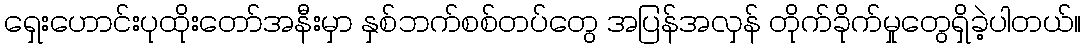
ရှေးဟောင်းပုထိုးတော်အနီးမှာ နှစ်ဘက်စစ်တပ်တွေ အပြန်အလှန် တိုက်ခိုက်မှုတွေရှိခဲ့ပါတယ်။